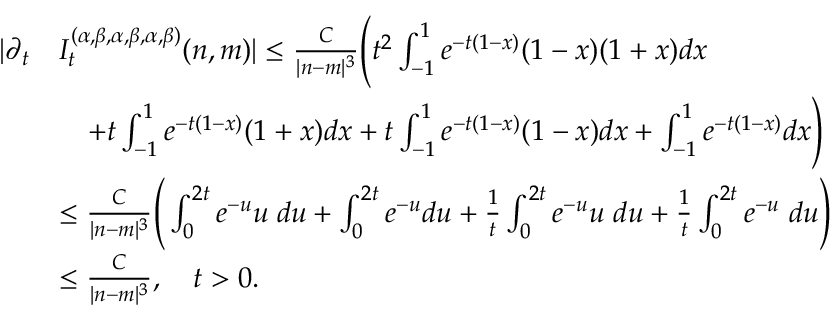
\begin{array} { r l } { | \partial _ { t } } & { I _ { t } ^ { ( \alpha , \beta , \alpha , \beta , \alpha , \beta ) } ( n , m ) | \le \frac { C } { | n - m | ^ { 3 } } \Bigg ( t ^ { 2 } \int _ { - 1 } ^ { 1 } e ^ { - t ( 1 - x ) } ( 1 - x ) ( 1 + x ) d x } \\ & { \quad + t \int _ { - 1 } ^ { 1 } e ^ { - t ( 1 - x ) } ( 1 + x ) d x + t \int _ { - 1 } ^ { 1 } e ^ { - t ( 1 - x ) } ( 1 - x ) d x + \int _ { - 1 } ^ { 1 } e ^ { - t ( 1 - x ) } d x \Bigg ) } \\ & { \le \frac { C } { | n - m | ^ { 3 } } \Bigg ( \int _ { 0 } ^ { 2 t } e ^ { - u } u \; d u + \int _ { 0 } ^ { 2 t } e ^ { - u } d u + \frac { 1 } { t } \int _ { 0 } ^ { 2 t } e ^ { - u } u \; d u + \frac { 1 } { t } \int _ { 0 } ^ { 2 t } e ^ { - u } \; d u \Bigg ) } \\ & { \le \frac { C } { | n - m | ^ { 3 } } , \quad t > 0 . } \end{array}